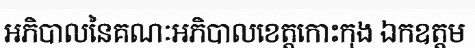
អភិបាលនៃគណៈអភិបាលខេត្តកោះកុង ឯកឧត្តម